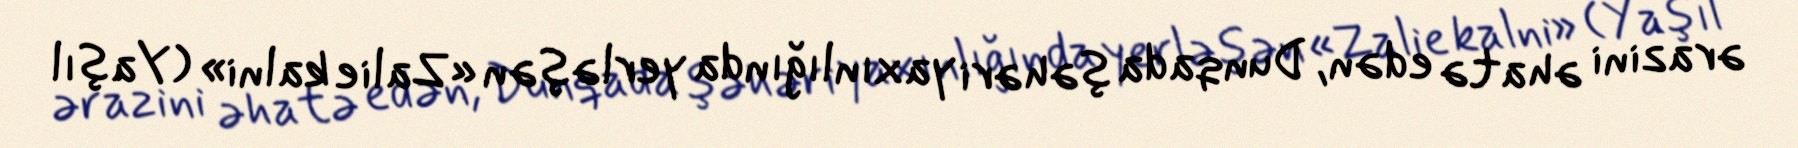
ərazini əhatə edən, Dunqada şəhəri yaxınlığında yerləşən «Zalie kalni» (Yaşıl